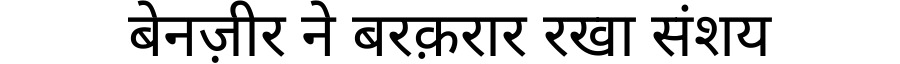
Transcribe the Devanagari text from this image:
बेनज़ीर ने बरक़रार रखा संशय